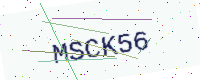
Text: MSCK56